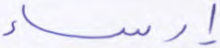
إرساء